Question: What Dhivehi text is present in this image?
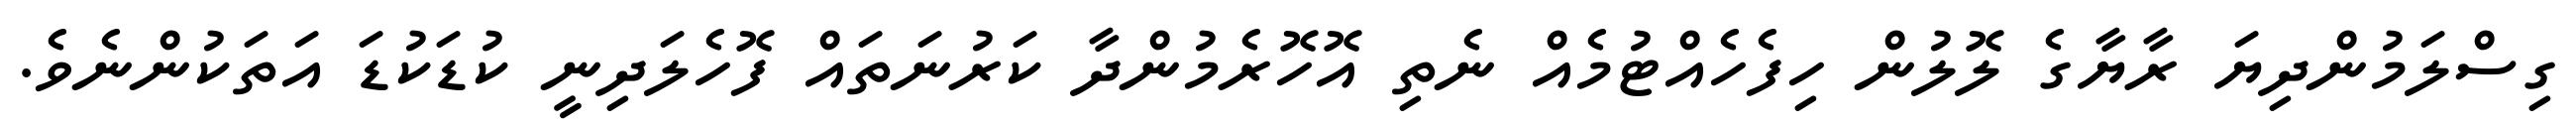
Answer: ގިސްލަމުންދިޔަ ރާޔާގެ ލޮލުން ހިފެހެއްޓުމެއް ނެތި އޮހޮރެމުންދާ ކަރުނަތައް ފޮހެލަދިނީ ކުޑަކުޑަ އަތަކުންނެވެ.